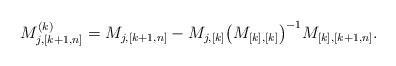
LaTeX: \begin{align*} M^{(k)}_{j,[k+1,n]}= M_{j,[k+1,n]} -M_{j,[k]} \big(M_{[k],[k]} \big)^{-1} M_{[k], [k+1,n]}.\end{align*}